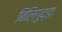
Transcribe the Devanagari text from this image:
बिलिगुद्डा